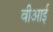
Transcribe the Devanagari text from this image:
वीआई